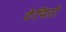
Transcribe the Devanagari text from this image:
टेपिरों